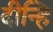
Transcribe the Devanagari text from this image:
दीन्हि